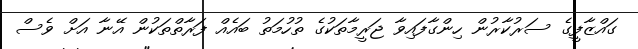
ގައްޒާފީގެ ސަރުކާރުން ހިންގާފައިވާ ޖަރީމާތަކުގެ ތުހުމަތު ބައެއް ފަރާތްތަކުން އޭނާ އަށް ވެސް